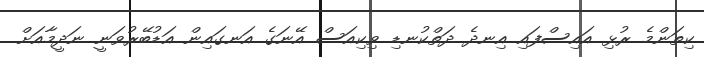
ކިތަންމެ ރުޅި އައިސްފައި އިނދެ ދަތްކުނޑި ވިކިއަސް އޭނަގެ އަނގައިން އަޑުބޭރުވަނީ ނަދީމާއަށް